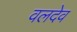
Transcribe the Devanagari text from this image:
वलदेव